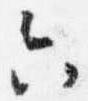
六